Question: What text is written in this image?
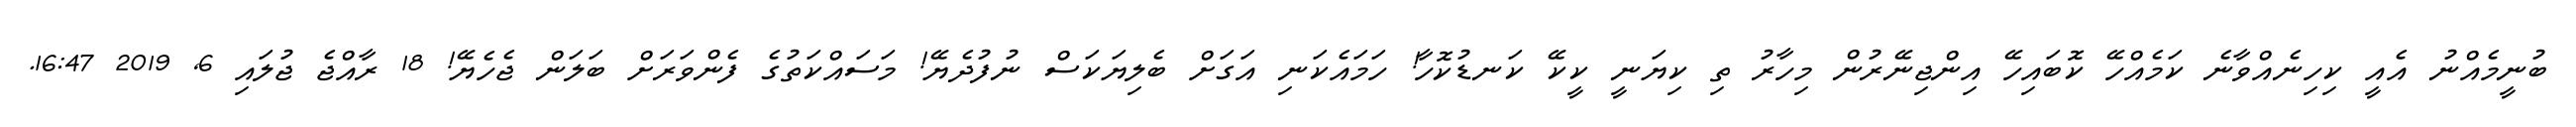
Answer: ބުނީމެއްނު އެއީ ކިހިނެއްވާނެ ކަމެއްހޭ ކޮބައިހޭ އިންޖިނޭރުން މިހާރު ތި ކިޔަނީ ކީކޭ ކަނޑުކޮހާ! ހަމައެކަނި އަގަށް ބެލިޔަކަސް ނުފުދެޔޭ! މަސައްކަތުގެ ފެންވަރަށް ބަލަން ޖެހެޔޭ! 18 ރާއްޖެ ޖުލައި 6, 2019 16:47.